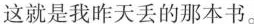
这就是我昨天丢的那本书.